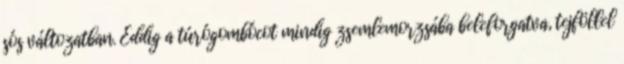
sós változatban. Eddig a túrógombócot mindig zsemlemorzsába beleforgatva, tejföllel